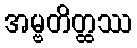
အမ္ဗတိတ္ထဿ